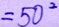
= 5 0 ^ { 2 }